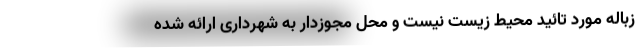
زباله مورد تائید محیط زیست نیست و محل مجوزدار به شهرداری ارائه شده